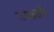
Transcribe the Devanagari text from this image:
जयकरांचे